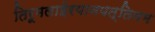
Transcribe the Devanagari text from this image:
तिरूमलाईरयानपत्तिनम